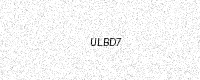
Text: ULBD7